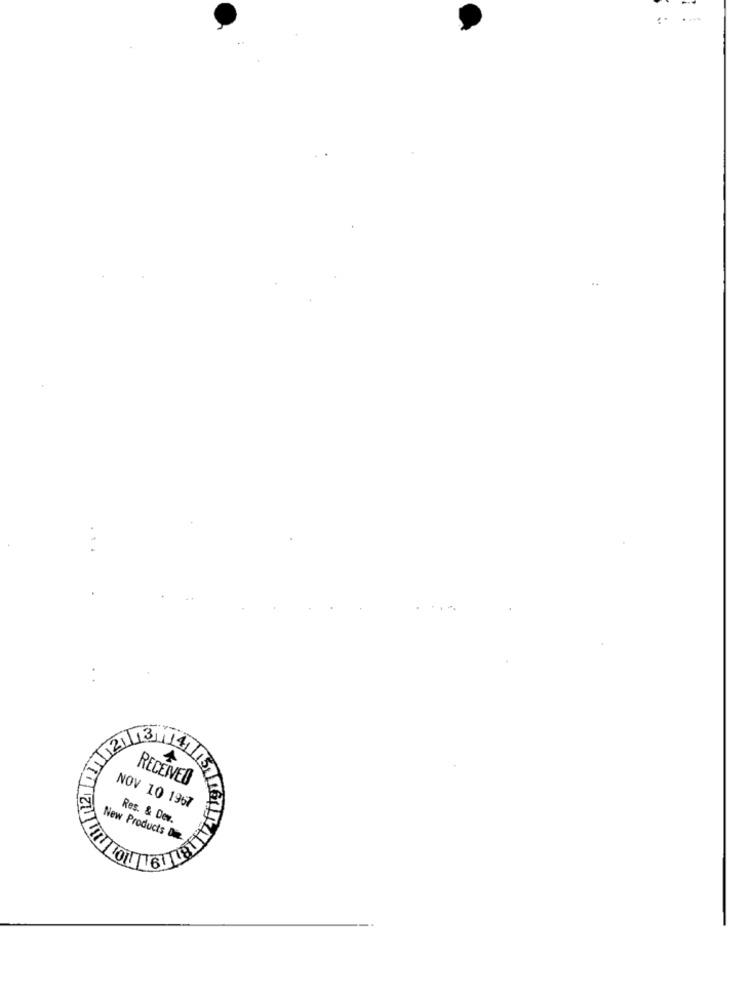
. 1
13
4
RECEIVED
NOV 10 1967
Res. & Dev.
New Products Die